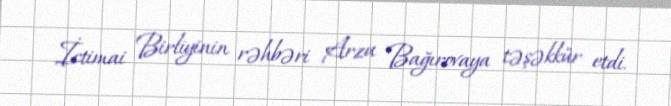
İctimai Birliyinin rəhbəri Arzu Bağırovaya təşəkkür etdi.